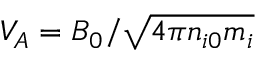
V _ { A } = B _ { 0 } / \sqrt { 4 \pi n _ { i 0 } m _ { i } }